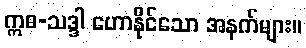
ဣဓ-သဒ္ဒါ ဟောနိုင်သော အနက်များ။